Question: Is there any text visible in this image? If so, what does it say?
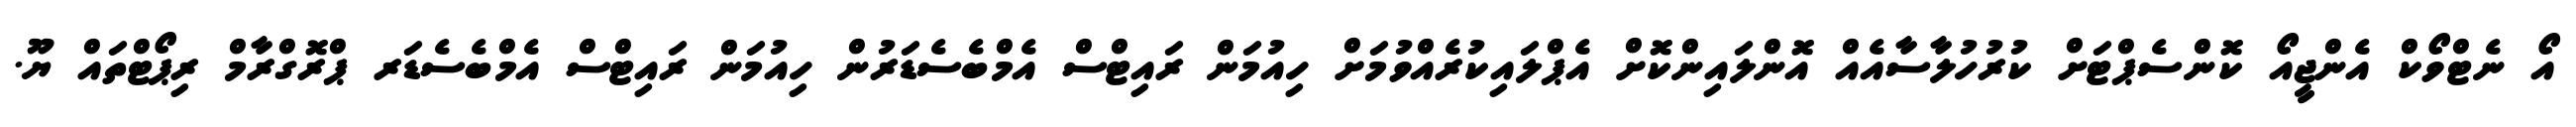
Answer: އޯ ނެޓްވޯކް އެންޖީއޯ ކޮންސެޕްޓަށް ކުރުހުލާސާއެއް އޮންލައިންކޮށް އެޕްލައިކުރެއްވުމަށް ހިއުމަން ރައިޓްސް އެމްބެސެޑަރުން ހިއުމަން ރައިޓްސް އެމްބެސެޑަރ ޕްރޮގްރާމް ރިޕޯޓްތައް ޔޫ.